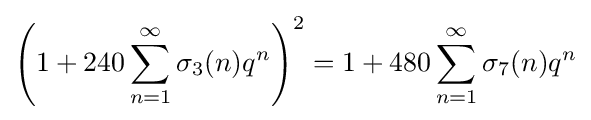
\left(1+240\sum _{n=1}^{\infty }\sigma _{3}(n)q^{n}\right)^{2}=1+480\sum _{n=1}^{\infty }\sigma _{7}(n)q^{n}